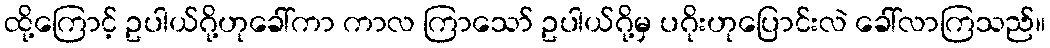
ထို့ကြောင့် ဥပါယ်ဂို့ဟုခေါ်ကာ ကာလ ကြာသော် ဥပါယ်ဂို့မှ ပဂိုးဟုပြောင်းလဲ ခေါ်လာကြသည်။